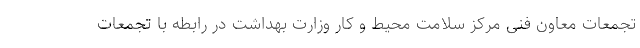
تجمعات معاون فنی مرکز سلامت محیط و کار وزارت بهداشت در رابطه با تجمعات